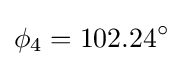
\phi _{4}=102.24^{\circ }